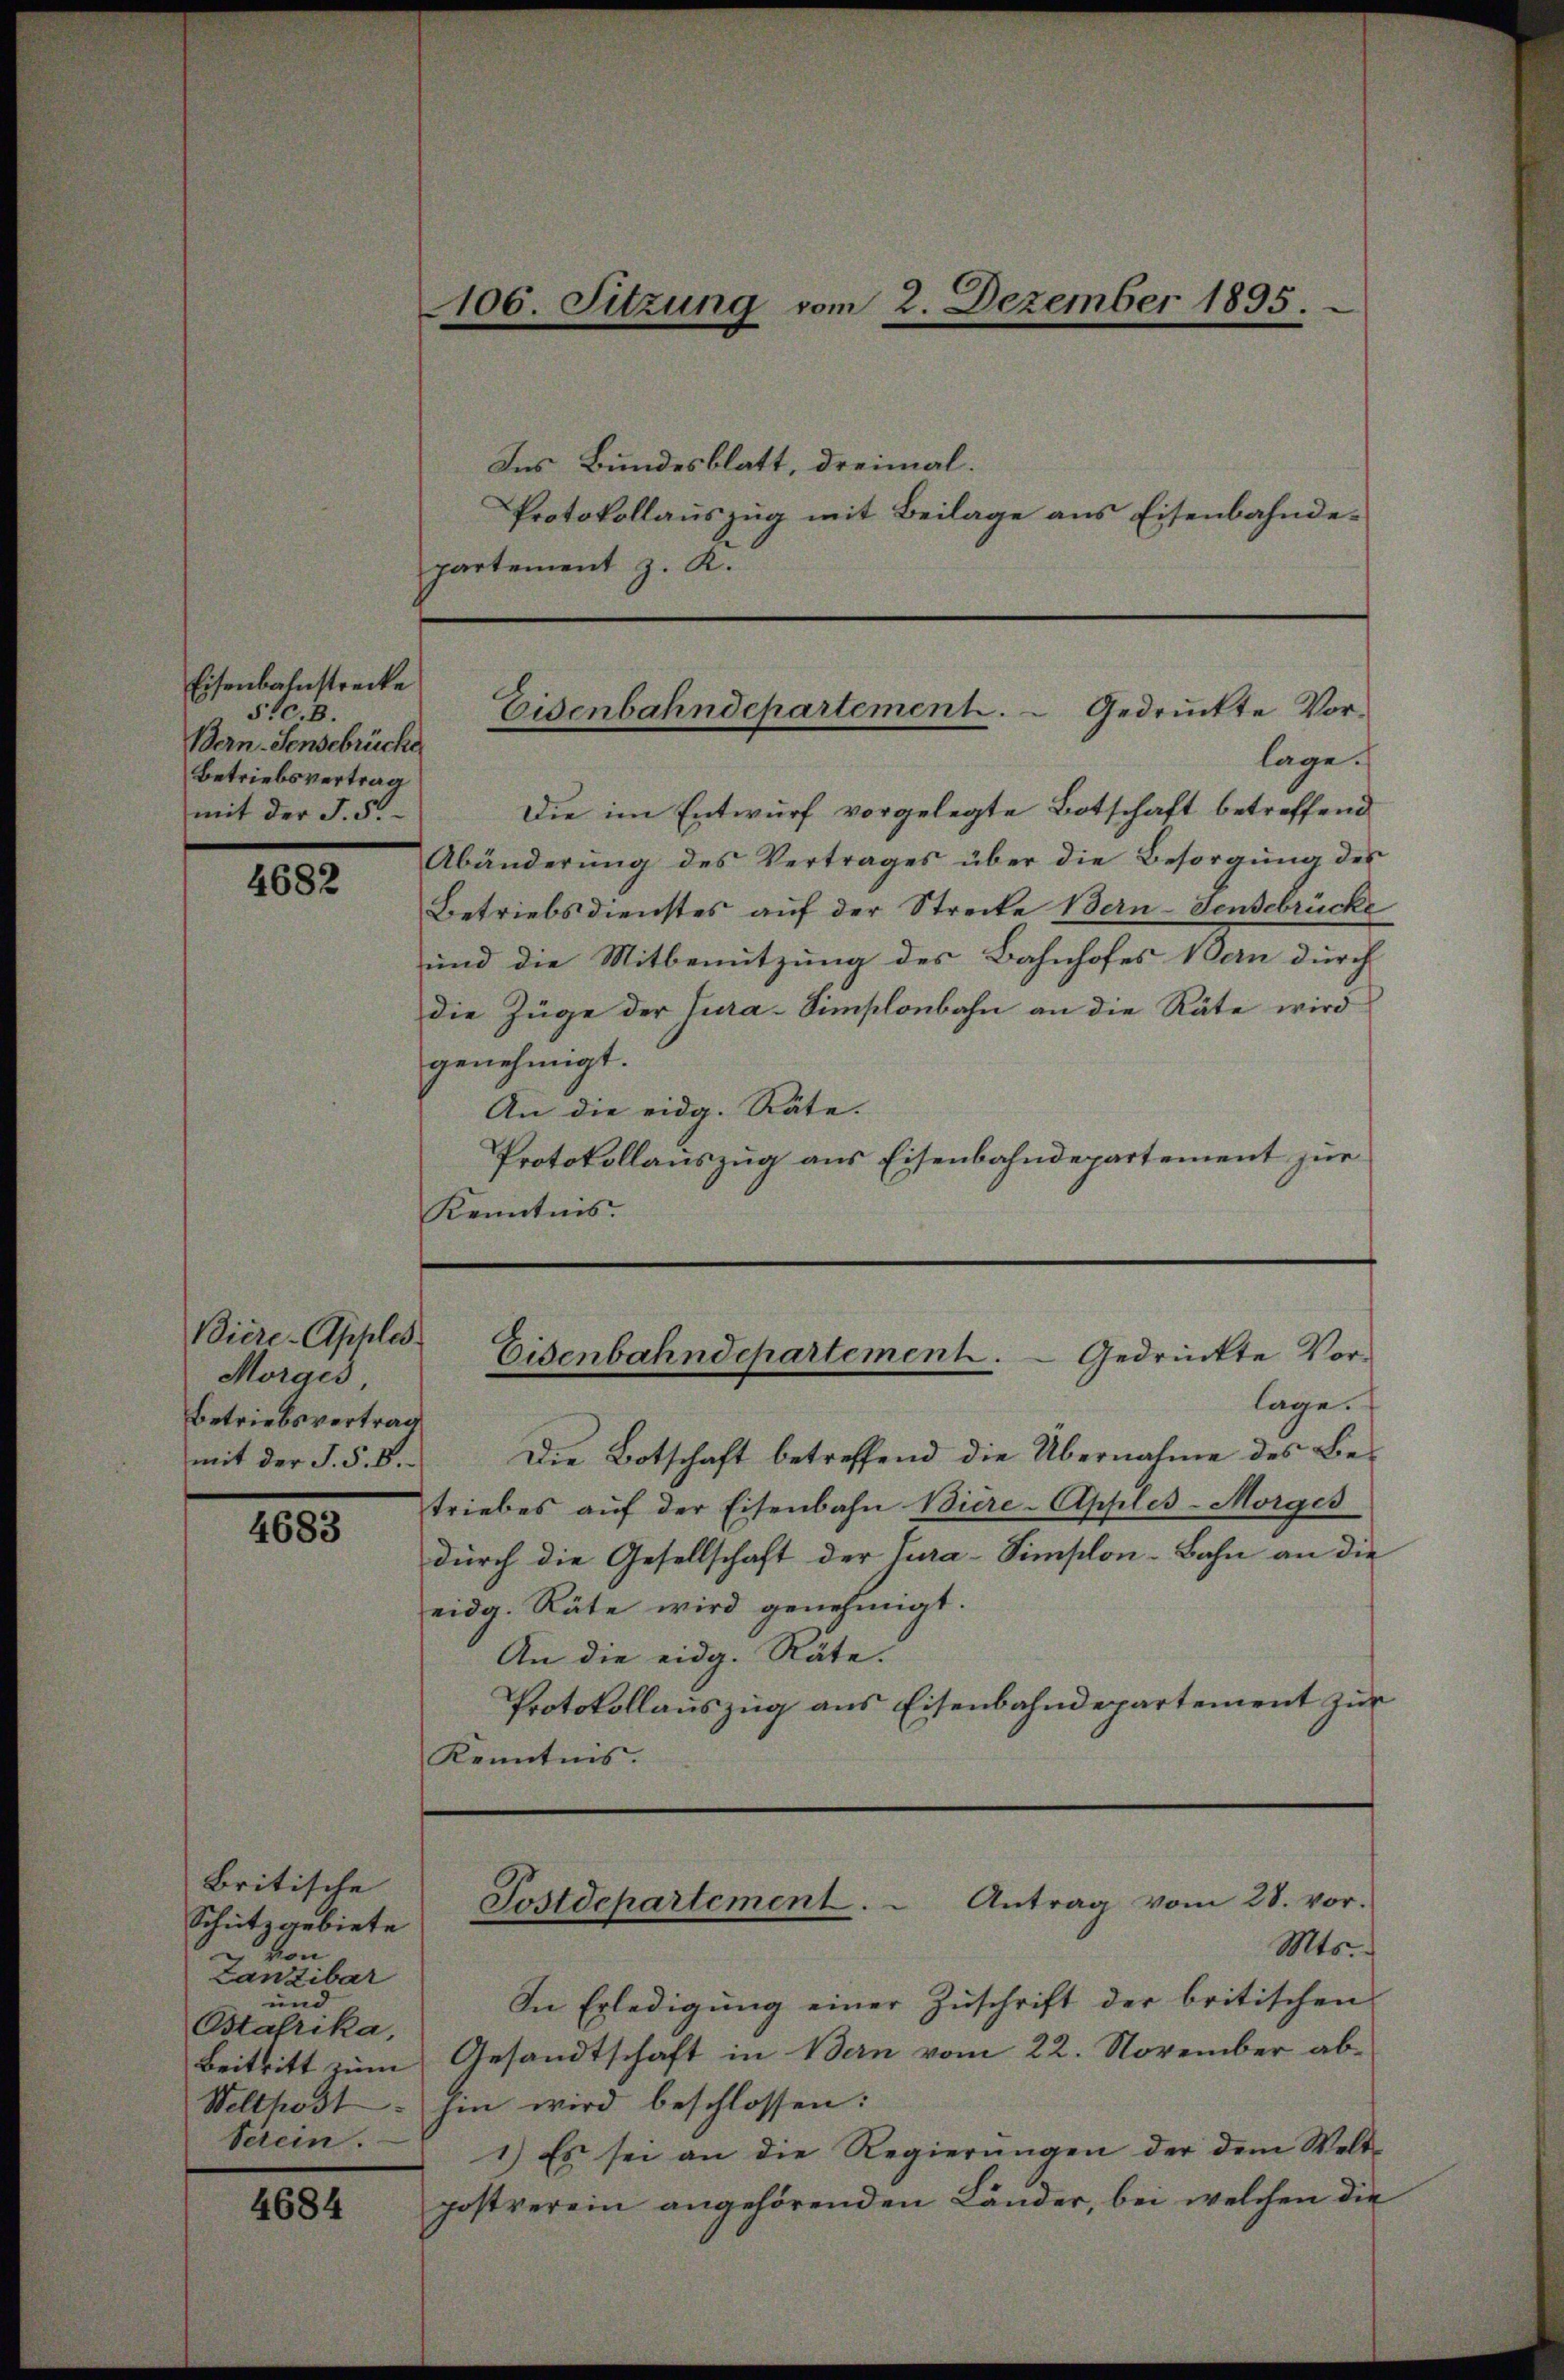
Eisenbahnstrecke
51c.B.
Bern Sensebrücke
Betriebsvertrag
mit der §. 5.

4682

Biere-Apples
Morges,
Betriebsvertrag

4683

Ins Bundesblatt, dreimal.
Protokollauszug mit Beilage aus Eisenbahndepartement z. K.

Britische
Schutzgebiete
u von
Lanzibar
und
Ostafrika,
Beitritt zum
Wellpost
Sitein.

4684

106. Sitzung vom 2. Dezember 1895.

lage.
Die im Entwurf vorgelegte Botschaft betreffend
Abänderŭng des Vertrages über die Besorgŭng des
Betriebsdienstes auf der Streite Bern-Fendebrücke
und die Mitbenutzung des Bahnhofes an durch
die Züge der Jura-Simplonbahn an die Räte wird
genehmigt.
An die eidg. Räte.
Protokollauszug aus Eisenbahndepartement zur
Kenntnis.

Eisenbahndepartement. Gedruckte Vor¬

lage. E
mit der J. S. 8. Die Botschaft betreffend die Übernahme des Betriebes aŭf der Eisenbahn Biere-Apples-Morges
durch die Gesellschaft der Jura-Simsclon-Bahn an die
eidg. Räte wird genehmigt.
An die eidg. Räte.
Protokollauszug aus Eisenbahndepartement zur
Kenntnis.

Eisenbahndepartement.   Gedrückte Vor-

Postdepartement.  Antrag vom 28. vor.
Mts.

In Erledigung einer Zuschrift der britischen
Gesandtschaft in Bern vom 22. November abhin wird beschlossen:
1) Es sei an die Regierungen der dem Weltpostverein angehörenden Länder, bei welchen die